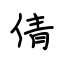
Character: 倩